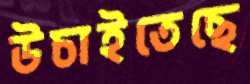
উচাইতেছে